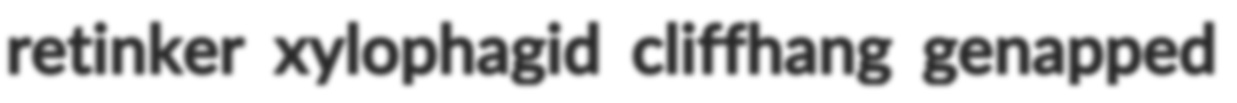
retinker xylophagid cliffhang genapped